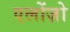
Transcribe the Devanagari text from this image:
एलोंज़ो